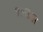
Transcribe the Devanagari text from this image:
१७साल